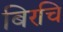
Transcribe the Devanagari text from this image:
बिरचि